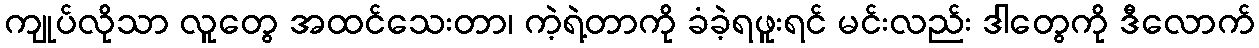
ကျုပ်လိုသာ လူတွေ အထင်သေးတာ၊ ကဲ့ရဲ့တာကို ခံခဲ့ရဖူးရင် မင်းလည်း ဒါတွေကို ဒီလောက်